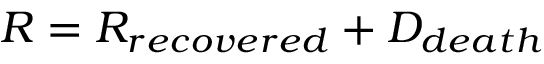
R = R _ { r e c o v e r e d } + D _ { d e a t h }